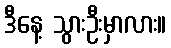
ဒီနေ့ သွားဦးမှာလား။